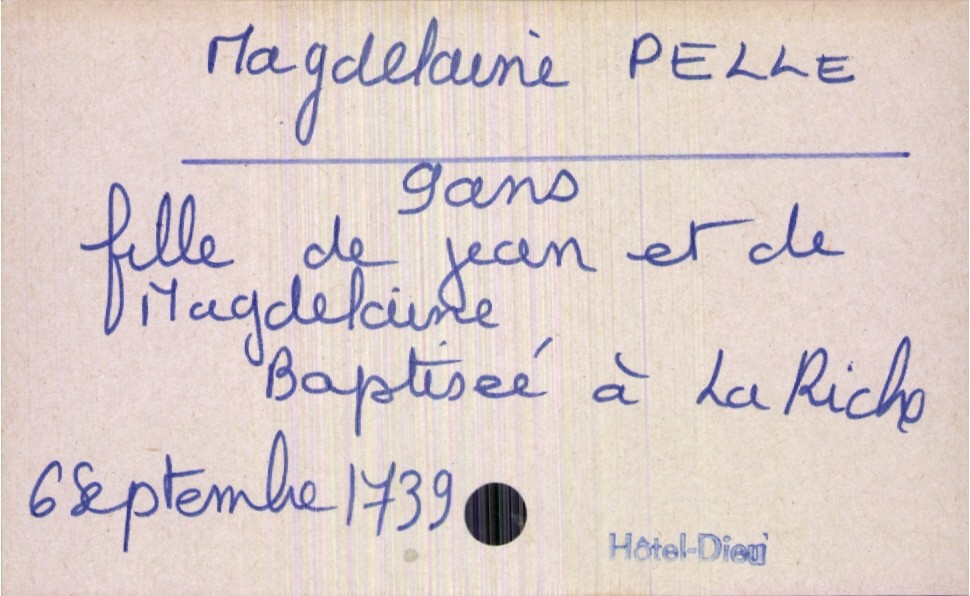
type_acte: Décès
année: 1739
mois: septembre
jour: 6
défunt_nom: Pelle
défunt_prénom: Magdelaine
défunt_sexe: F
défunt_âge: 9 ans
défunt_lieu_de_naissance: La Riche
père_défunt_nom: Pelle
père_défunt_prénom: Jean
mère_défunt_prénom: Magdelaine